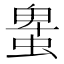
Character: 𧌠